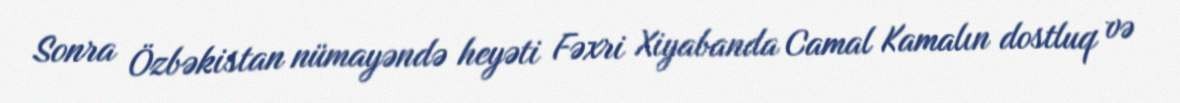
Sonra Özbəkistan nümayəndə heyəti Fəxri Xiyabanda Camal Kamalın dostluq və